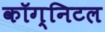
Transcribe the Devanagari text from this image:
कॉग्निटल